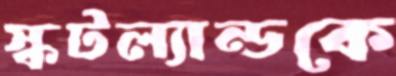
স্কটল্যান্ডকে